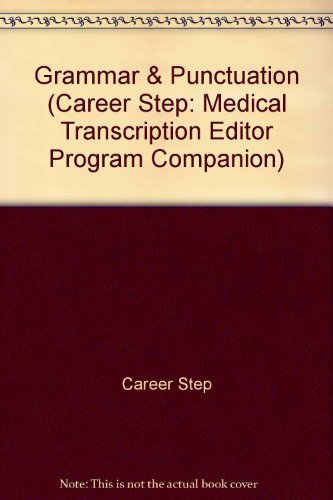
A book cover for Grammar & Punctuation (Career Step: Medical Transcription Editor Program Companion); Career Step; Medical Books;